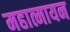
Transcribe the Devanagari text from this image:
महात्मायन